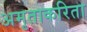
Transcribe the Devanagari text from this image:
अमृताकरिता